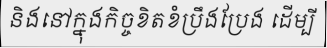
និងនៅក្នុងកិច្ចខិតខំប្រឹងប្រែង ដើម្បី